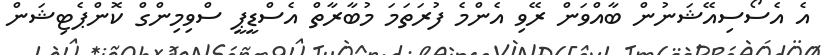
އެ އެސޯސިއޭޝަނުން ބާއްވަން ރޭވި އެންމެ ފުރަތަމަ މުބާރާތް އެސްޑީޕީ ސްވިމިންގް ކޮންޕެޓިޝަން